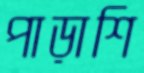
পাড়াশি